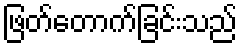
ဖြတ်တောက်ခြင်းသည်